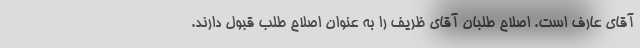
آقای عارف است. اصلاح طلبان آقای ظریف را به عنوان اصلاح طلب قبول دارند.